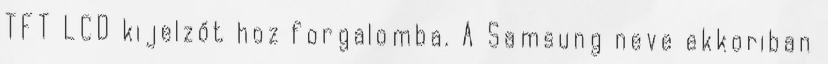
TFT LCD kijelzőt hoz forgalomba. A Samsung neve ekkoriban